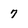
Character: 7